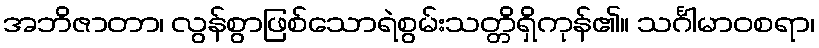
အဘိဇာတာ၊ လွန်စွာဖြစ်သောရဲစွမ်းသတ္တိရှိကုန်၏။ သင်္ဂါမာဝစရာ၊